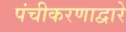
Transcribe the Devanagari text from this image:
पंचीकरणाद्वारे